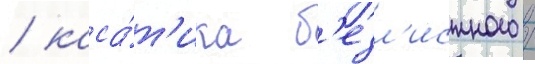
/ каса́т'ика б'езл'истного /